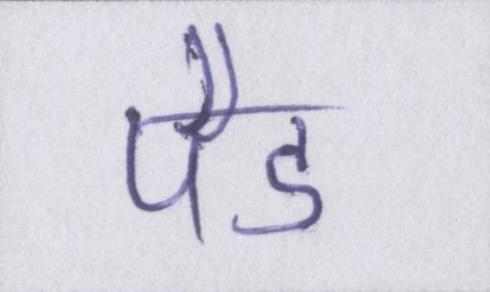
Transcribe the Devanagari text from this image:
पैड